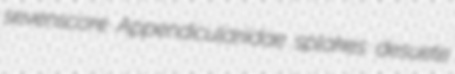
sevenscore Appendiculariidae splakes desuete